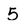
Character: 5